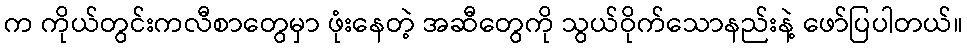
က ကိုယ်တွင်းကလီစာတွေမှာ ဖုံးနေတဲ့ အဆီတွေကို သွယ်ဝိုက်သောနည်းနဲ့ ဖော်ပြပါတယ်။